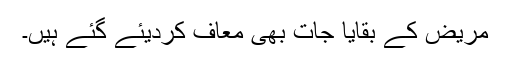
مریض کے بقایا جات بھی معاف کردیئے گئے ہیں۔